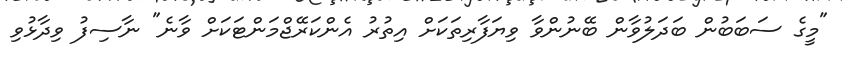
"މީގެ ސަބަބުން ބަދަލުވާން ބޭނުންވާ ވިޔަފާރިތަކަށް އިތުރު އެންކަރޭޖްމަންޓަކަށް ވާނެ" ނާސިފު ވިދާޅުވި